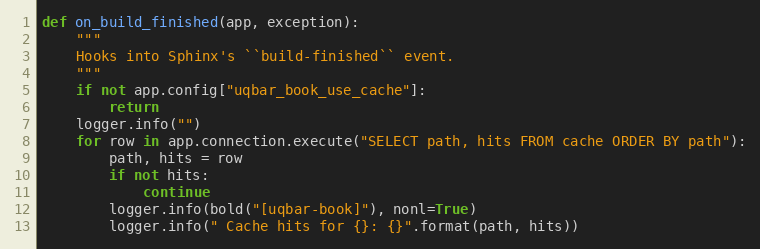
Language: Python
def on_build_finished(app, exception):
    """
    Hooks into Sphinx's ``build-finished`` event.
    """
    if not app.config["uqbar_book_use_cache"]:
        return
    logger.info("")
    for row in app.connection.execute("SELECT path, hits FROM cache ORDER BY path"):
        path, hits = row
        if not hits:
            continue
        logger.info(bold("[uqbar-book]"), nonl=True)
        logger.info(" Cache hits for {}: {}".format(path, hits))